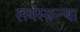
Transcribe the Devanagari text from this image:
सवंसान्चा